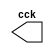
// Guia 09 - Capitulo 3
 // Nome: Karen Alves Pereira
 // Data: 14/04/2011

 //-- Clock
 module clock ( cck );
 output cck;
 reg    cck;

  initial
   begin
    cck = 1'b0;
   end

  always
   begin
    #12 cck = ~cck;
   end 
 endmodule
 
 
 module exercicio03 (signal,clock);
 input  clock;
 output signal;
 reg    signal;


 always @ ( posedge clock )
  begin
      signal = 1'b1;
	#6 signal = 1'b0;
  end
  
 always @ ( negedge clock )
  begin
  		signal = 1'b1;
   #6 signal = 1'b0;
	
  end
endmodule


 //-- Teste
 module teste;

 wire  clock;
 clock cck1 ( clock );
 wire saida;
 
 exercicio03 EX03 (saida,clock);

 initial begin
  $display ( "Guia09 - Exercicio03 - Karen Alves - 407451" );
  $dumpfile ( "Guia09_Exercicio03.vcd" );
  $dumpvars (1,clock,saida);
  #120 $finish;
  
 end
 endmodule